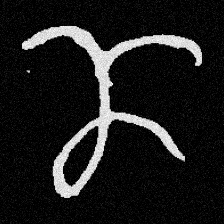
Pyu character \u2014 Myanmar letter: ဏ (romanized: nna)